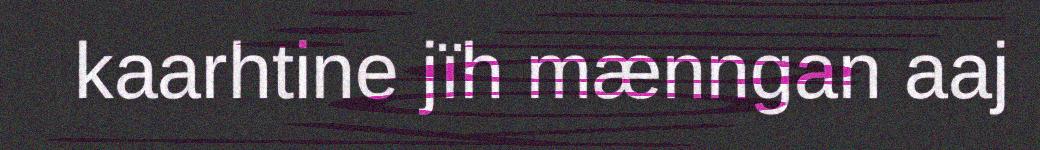
kaarhtine jïh mænngan aaj